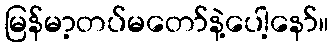
မြန်မာ့တပ်မတော်နဲ့ပေါ့နော်။